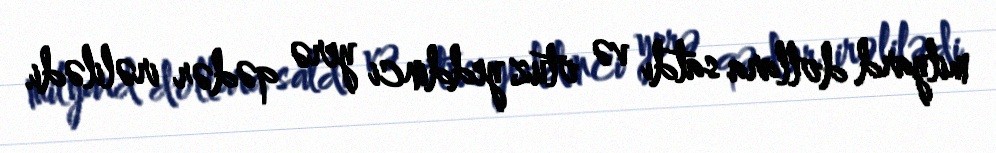
milyard dollara satdı və otuz yeddinci yerə qədər irəlilədi.